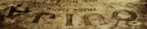
OUIJA